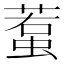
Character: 𧍷